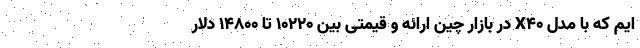
ایم که با مدل X40 در بازار چین ارائه و قیمتی بین 10220 تا 14800 دلار